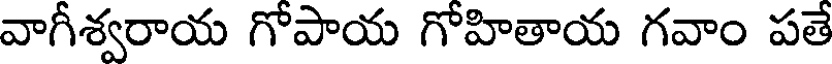
వాగీశ్వరాయ గోపాయ గోహితాయ గవాం పతే